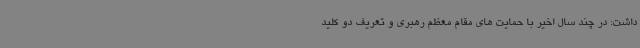
داشت: در چند سال اخیر با حمایت های مقام معظم رهبری و تعریف دو کلید